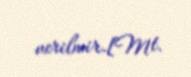
verilmir.[Mt.